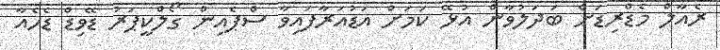
ރެއާލް މެޑްރިޑަށް ބަދަލުވާން އުޅޭ ކަމަށް އަޑުއަރާފައިވާ ސްޕެއިން ގޯލްކީޕަރު ޑޭވިޑް ޑެހެއާ